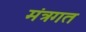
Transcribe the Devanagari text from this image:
मंत्रगत